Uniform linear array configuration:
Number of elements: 16
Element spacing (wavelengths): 0.25
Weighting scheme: uniform
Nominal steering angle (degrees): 0
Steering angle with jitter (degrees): -1.194
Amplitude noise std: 0.05
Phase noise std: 0.05

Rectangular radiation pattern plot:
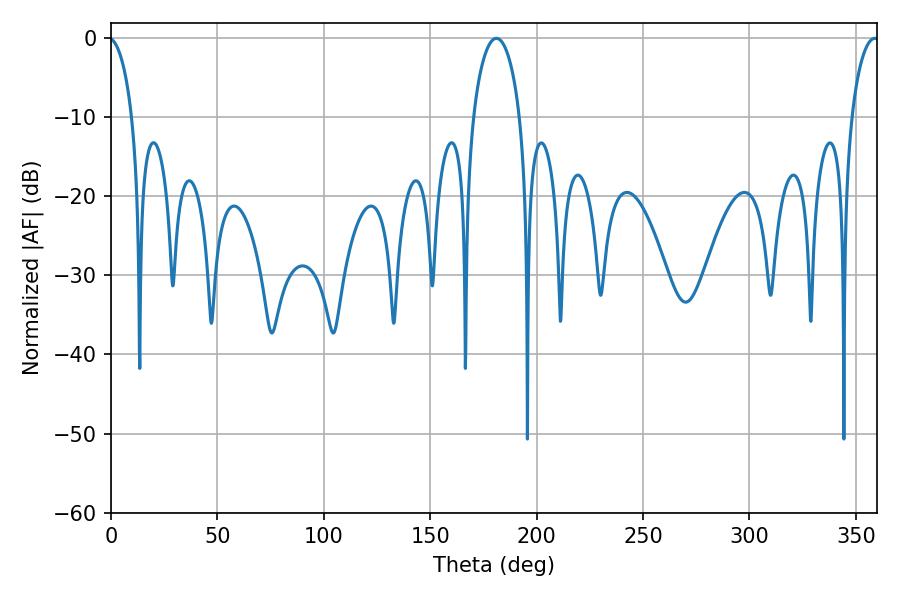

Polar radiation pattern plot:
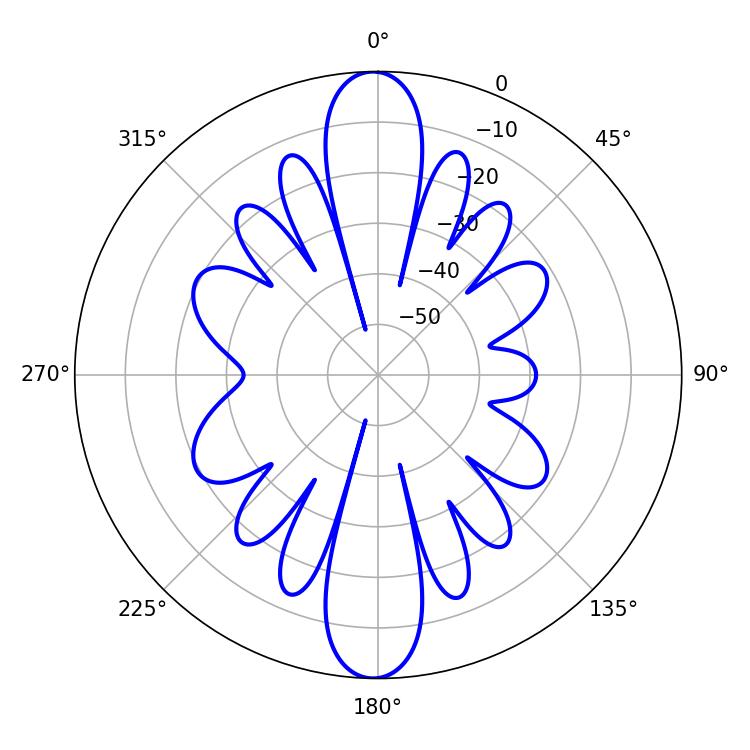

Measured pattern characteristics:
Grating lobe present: FALSE
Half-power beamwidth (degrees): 12.6
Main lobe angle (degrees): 181.08